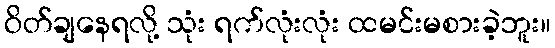
ဝိတ်ချနေရလို့ သုံး ရက်လုံးလုံး ထမင်းမစားခဲ့ဘူး။